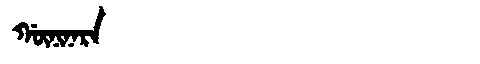
Manchu: ᡤᡡᠨᡳᠨᠠᡵᠠ
Romanization: GŪNINARA